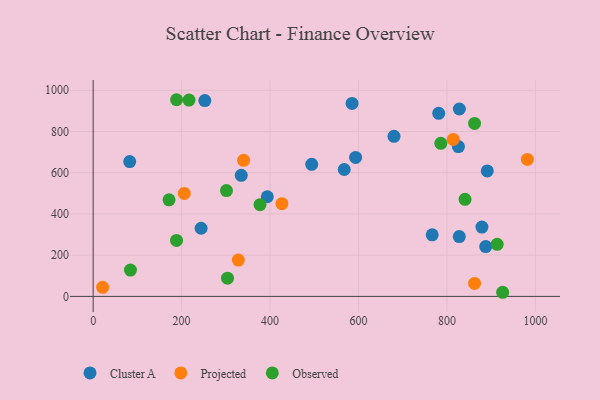
{"axis": {"x": "Price", "y": "Yield"}, "legend": ["Cluster A", "Observed", "Projected"], "data": [{"x": "252.5", "y": 949.8, "type": "Cluster A"}, {"x": "781.4", "y": 888.2, "type": "Cluster A"}, {"x": "393.8", "y": 483.5, "type": "Cluster A"}, {"x": "494.2", "y": 640.7, "type": "Cluster A"}, {"x": "827.9", "y": 290.4, "type": "Cluster A"}, {"x": "766.7", "y": 298.6, "type": "Cluster A"}, {"x": "593.5", "y": 674.1, "type": "Cluster A"}, {"x": "585.4", "y": 936.2, "type": "Cluster A"}, {"x": "887.7", "y": 241.5, "type": "Cluster A"}, {"x": "244.1", "y": 330.5, "type": "Cluster A"}, {"x": "828.1", "y": 909.2, "type": "Cluster A"}, {"x": "680.3", "y": 776.7, "type": "Cluster A"}, {"x": "879.1", "y": 336.5, "type": "Cluster A"}, {"x": "82.6", "y": 654.0, "type": "Cluster A"}, {"x": "334.9", "y": 587.3, "type": "Cluster A"}, {"x": "891.2", "y": 608.9, "type": "Cluster A"}, {"x": "567.7", "y": 615.6, "type": "Cluster A"}, {"x": "826.0", "y": 726.6, "type": "Cluster A"}, {"x": "862.5", "y": 63.1, "type": "Projected"}, {"x": "340.2", "y": 660.1, "type": "Projected"}, {"x": "426.8", "y": 449.7, "type": "Projected"}, {"x": "814.2", "y": 761.6, "type": "Projected"}, {"x": "328.3", "y": 176.0, "type": "Projected"}, {"x": "206.1", "y": 499.4, "type": "Projected"}, {"x": "981.9", "y": 664.7, "type": "Projected"}, {"x": "21.4", "y": 43.9, "type": "Projected"}, {"x": "188.6", "y": 954.1, "type": "Observed"}, {"x": "862.5", "y": 839.2, "type": "Observed"}, {"x": "216.8", "y": 952.6, "type": "Observed"}, {"x": "786.1", "y": 742.7, "type": "Observed"}, {"x": "377.3", "y": 445.2, "type": "Observed"}, {"x": "926.0", "y": 20.0, "type": "Observed"}, {"x": "303.8", "y": 88.5, "type": "Observed"}, {"x": "913.6", "y": 252.8, "type": "Observed"}, {"x": "840.9", "y": 470.7, "type": "Observed"}, {"x": "301.4", "y": 513.3, "type": "Observed"}, {"x": "188.5", "y": 271.5, "type": "Observed"}, {"x": "171.6", "y": 468.7, "type": "Observed"}, {"x": "84.3", "y": 127.9, "type": "Observed"}]}